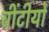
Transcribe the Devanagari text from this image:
चींटीयों